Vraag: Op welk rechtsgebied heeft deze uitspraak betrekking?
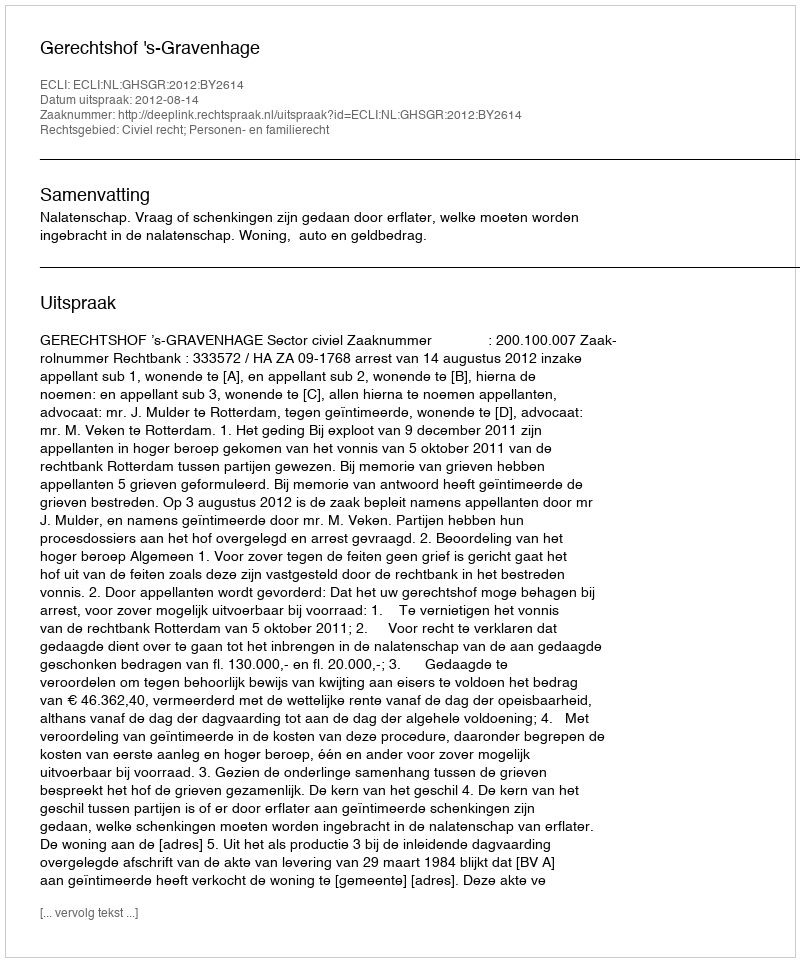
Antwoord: Civiel recht; Personen- en familierecht